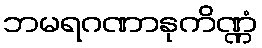
ဘမရဂဏာနုကိဏ္ဏံ